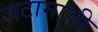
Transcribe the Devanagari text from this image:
जटामासी